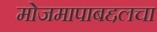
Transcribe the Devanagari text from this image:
मोजमापाबद्दलचा